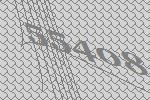
55408